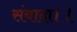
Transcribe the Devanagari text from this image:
संबादा।।